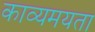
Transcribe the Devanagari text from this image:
काव्यमयता